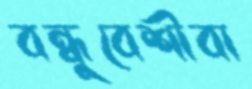
বন্ধুবেশীবা